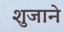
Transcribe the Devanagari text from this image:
शुजाने